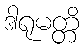
ဒါရုမတ္တိ